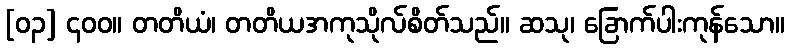
[၀၃] ၄၀၀။ တတိယံ၊ တတိယအကုသိုလ်စိတ်သည်။ ဆသု၊ ခြောက်ပါးကုန်သော။